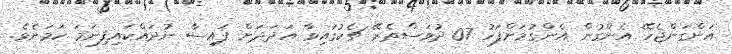
އަންގަންޖެހޭ އެންގުން އެންގުމަށްފަހު 07 ދުވަސްތެރޭ ޗެކުގައިވާ އަދަދަށް ފައިސާ ނުދައްކައިފިނަމަ ކަމަށެވެ.